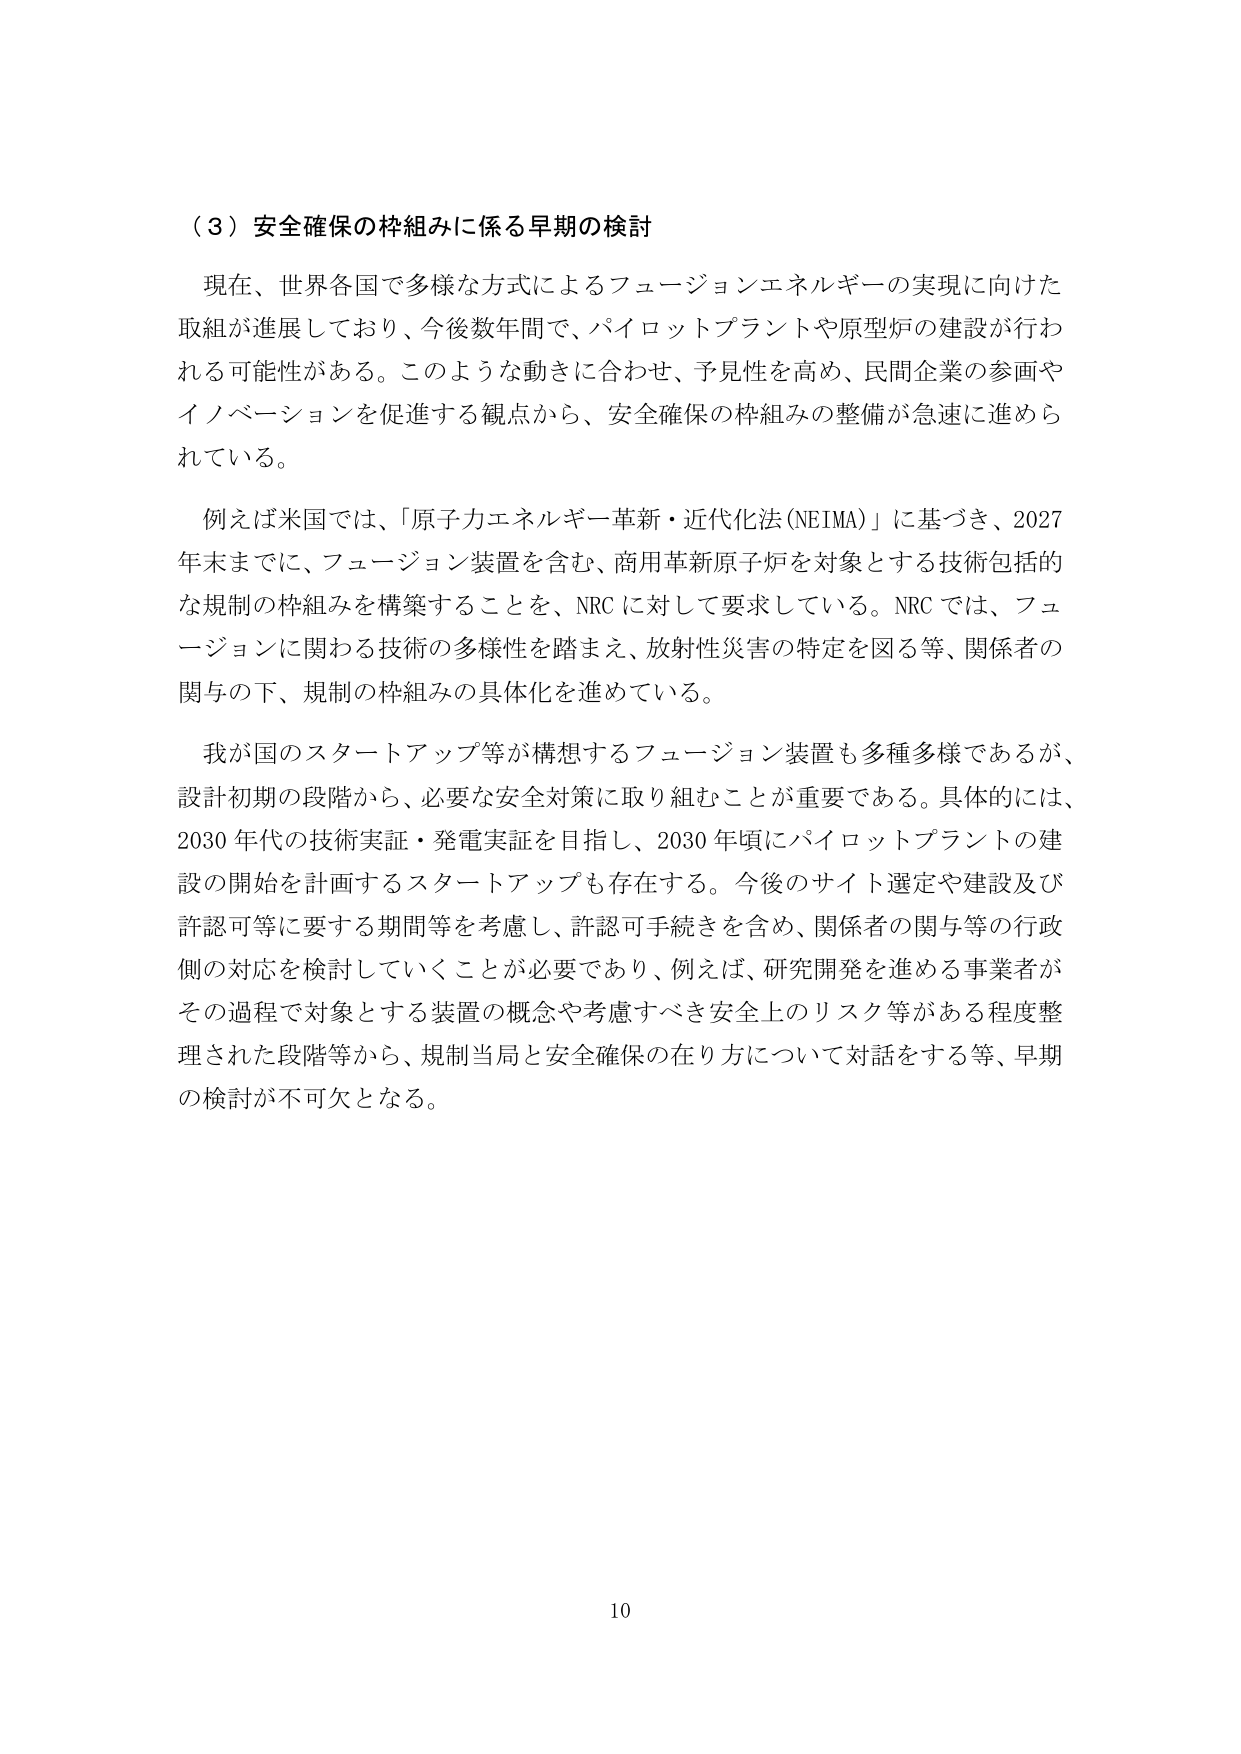
（３）安全確保の枠組みに係る早期の検討

現在、世界各国で多様な方式によるフュージョンエネルギーの実現に向けた取組が進展しており、今後数年間で、パイロットプラントや原型炉の建設が行われる可能性がある。このような動きに合わせ、予見性を高め、民間企業の参画やイノベーションを促進する観点から、安全確保の枠組みの整備が急速に進められている。

例えば米国では、「原子力エネルギー革新・近代化法（NEIMA）」に基づき、2027年末までに、フュージョン装置を含む、商用革新原子炉を対象とする技術包括的な規制の枠組みを構築することを、NRCに対して要求している。NRCでは、フュージョンに関わる技術の多様性を踏まえ、放射性災害の特定を図る等、関係者の関与の下、規制の枠組みの具体化を進めている。

我が国のスタートアップ等が構想するフュージョン装置も多種多様であるが、設計初期の段階から、必要な安全対策に取り組むことが重要である。具体的には、2030年代の技術実証・発電実証を目指し、2030年頃にパイロットプラントの建設の開始を計画するスタートアップも存在する。今後のサイト選定や建設及び許認可等に要する期間等を考慮し、許認可手続きを含め、関係者の関与等の行政側の対応を検討していくことが必要であり、例えば、研究開発を進める事業者がその過程で対象とする装置の概念や考慮すべき安全上のリスク等がある程度整理された段階等から、規制当局と安全確保の在り方について対話をする等、早期の検討が不可欠となる。

10